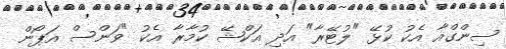
ސިންގްއާ އެކު ކުޅޭ "ލުޓޭރާ" އަދި އަކްޝޭ ކުމާރާ އެކު "ވަންސް އަޕޯން